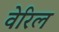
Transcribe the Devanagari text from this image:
वेरिल